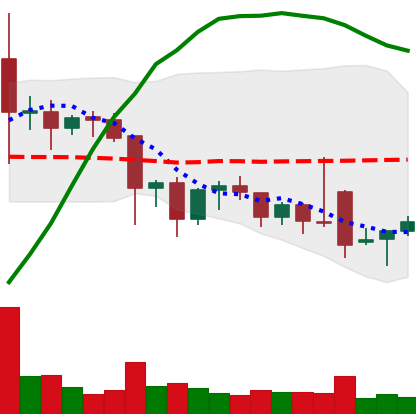
Ticker: ETC-USD
Chart end date: 2021-11-29
Forward return: -18.369%
Label: down_7plus